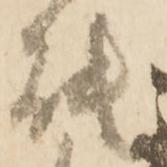
能